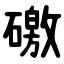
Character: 礉